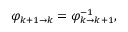
\varphi _ { k + 1 \to k } = \varphi _ { k \to k + 1 } ^ { - 1 } ,